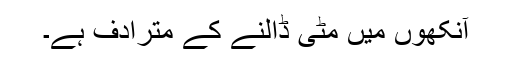
آنکھوں میں مٹی ڈالنے کے مترادف ہے۔